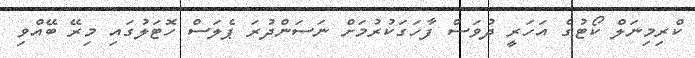
ކްރިމިނަލް ކޯޓުގެ އަހަރީ ދުވަސް ފާހަގަކުރުމަށް ނަސަންދުރަ ޕެލަސް ހޮޓަލުގައި މިރޭ ބޭއްވި